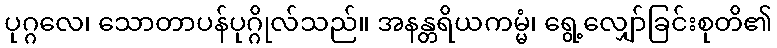
ပုဂ္ဂလေ၊ သောတာပန်ပုဂ္ဂိုလ်သည်။ အနန္တရိယကမ္မံ၊ ရွေ့လျှော်ခြင်းစုတိ၏